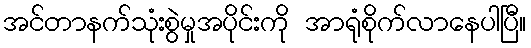
အင်တာနက်သုံးစွဲမှုအပိုင်းကို အာရုံစိုက်လာနေပါပြီ။